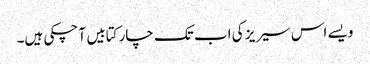
ویسے اس سیریز کی اب تک چار کتابیں آ چکی ہیں۔